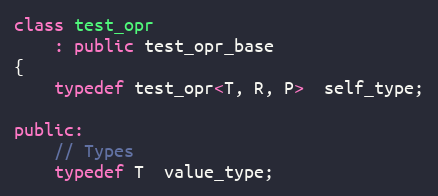
Language: C++
class test_opr
    : public test_opr_base
{
    typedef test_opr<T, R, P>  self_type;

public:
    // Types
    typedef T  value_type;